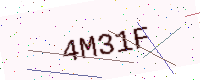
Text: 4M31F